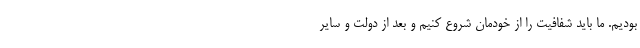
بودیم. ما باید شفافیت را از خودمان شروع کنیم و بعد از دولت و سایر